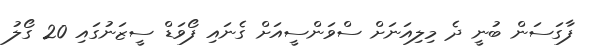
ފާގަސަން ބުނީ ދެ މިލިއަނަށް ސްވަންސީއަށް ގެނައި ފޯވަޑް ސީޒަނުގައި 20 ގޯލު